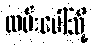
လမ်းပေါ်သို့